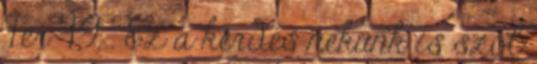
Ter 4,9 . Ez a kérdés nekünk is szól